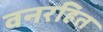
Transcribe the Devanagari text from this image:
वनरहित